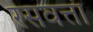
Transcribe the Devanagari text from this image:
रसवत्ता